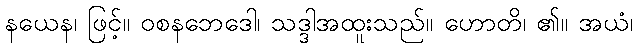
နယေန၊ ဖြင့်။ ဝစနဘေဒေါ၊ သဒ္ဒါအထူးသည်။ ဟောတိ၊ ၏။ အယံ၊